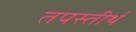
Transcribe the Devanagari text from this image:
तपस्तीर्थं